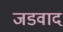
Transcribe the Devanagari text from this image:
जडवाद